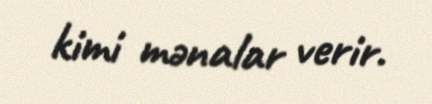
kimi mənalar verir.